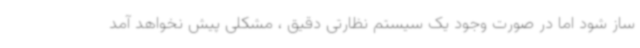
ساز شود اما در صورت وجود یک سیستم نظارتی دقیق ، مشکلی پیش نخواهد آمد